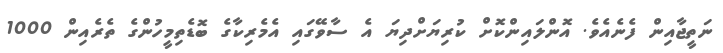
ނަތީޖާއިން ފެނެއެވެ. އޮންލައިންކޮށް ކުރިޔަށްދިޔަ އެ ސާވޭގައި އެމެރިކާގެ ބޮޑެތިމީހުންގެ ތެރެއިން 1000